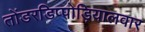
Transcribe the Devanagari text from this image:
तोंडरडिप्पोड़ियालवार